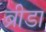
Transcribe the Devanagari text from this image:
ब्रीडा